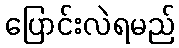
ပြောင်းလဲရမည်